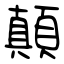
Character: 顛